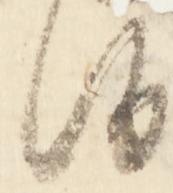
候